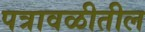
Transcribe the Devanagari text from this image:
पत्रावळीतील